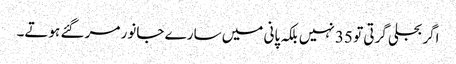
اگر بجلی گرتی تو 35 نہیں بلکہ پانی میں سارے جانور مر گئے ہوتے۔